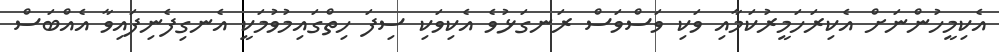
އެކިމީހުންނަށް އެކިރަހަމީރުކަމާއި ވަކި ވަސްވަސް ރަނގަޅުވެ އެކިވަކި ސިފަ ހިތްގައިމުވުމަކީ އެނގިފެނިފައިވާ އެއްބަސް